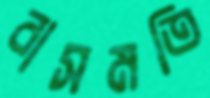
বাসমতি